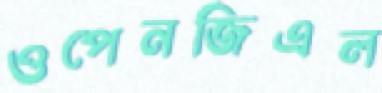
ওপেনজিএল